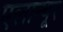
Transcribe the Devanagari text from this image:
एलान्थूर